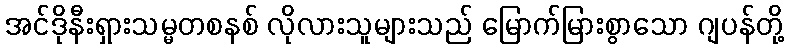
အင်ဒိုနီးရှားသမ္မတစနစ် လိုလားသူများသည် မြောက်မြားစွာသော ဂျပန်တို့